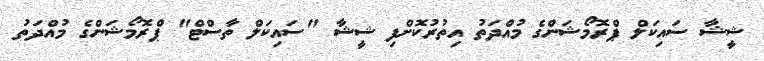
ޝީޝާ ސައިކަލް ޕްރޮމޯޝަންގެ މުއްދަތު އިތުރުކޮށްފި ޝީޝާ "ސައިކަލް ތާސްޓް" ޕްރޮމޯޝަންގެ މުއްދަތު